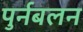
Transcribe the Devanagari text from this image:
पुर्नबलन